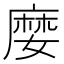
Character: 𡡉